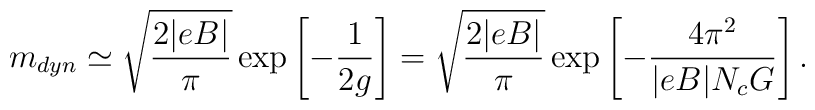
m_{dyn}\simeq \sqrt{\frac{2|eB|}{\pi}}              \exp\left[-\frac{1}{2g}\right]              = \sqrt{\frac{2|eB|}{\pi}}              \exp\left[-\frac{4\pi^2}{|eB|N_cG}\right] .